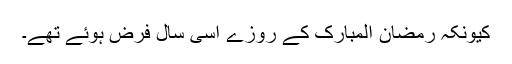
کیونکہ رمضان المبارک کے روزے اسی سال فرض ہوئے تھے۔